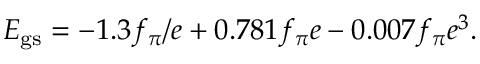
E _ { \mathrm { g s } } = - 1 . 3 f _ { \pi } / e + 0 . 7 8 1 f _ { \pi } e - 0 . 0 0 7 f _ { \pi } e ^ { 3 } .